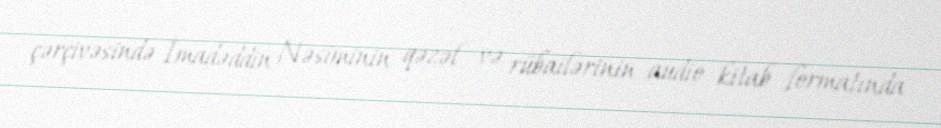
çərçivəsində İmadəddin Nəsiminin qəzəl və rübailərinin audio kitab formatında